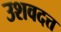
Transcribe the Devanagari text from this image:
उशवदत्त